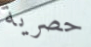
حصرية